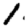
Digit: 1